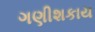
ગણીશકાય